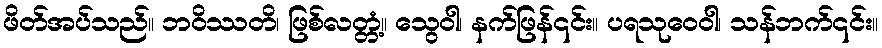
ဖိတ်အပ်သည်။ ဘဝိဿတိ၊ ဖြစ်လတ္တံ့။ သွေဝါ၊ နက်ဖြန်၎င်း။ ပရသုဝေဝါ၊ သန်ဘက်၎င်း။